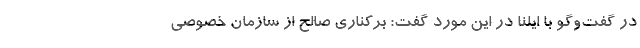
در گفت‌و‌گو با ایلنا در این مورد گفت: برکناری صالح از سازمان خصوصی